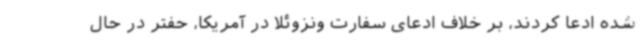
شده ادعا کردند، بر خلاف ادعای سفارت ونزوئلا در آمریکا، حفتر در حال